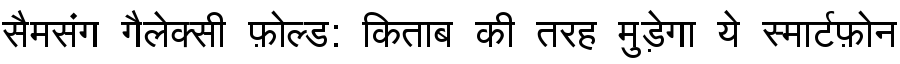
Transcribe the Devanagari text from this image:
सैमसंग गैलेक्सी फ़ोल्ड: किताब की तरह मुड़ेगा ये स्मार्टफ़ोन